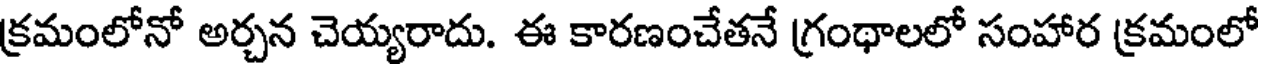
క్రమంలోనో అర్చన చెయ్యరాదు. ఈ కారణంచేతనే గ్రంథాలలో సంహార క్రమంలో